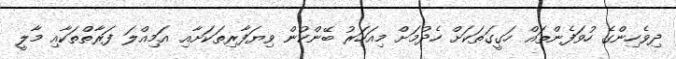
ދިވެހިންގެ ހުވަފެންތައް ހަގީގަތަކަށް ހެދުމަށް މިއަހަރު ބޭންކުން ވިޔަފާރިތަަކަށާއި އަމިއްލަ ފަރާތްތަކާއި މާލީ